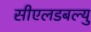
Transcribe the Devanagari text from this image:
सीएलडबल्यु